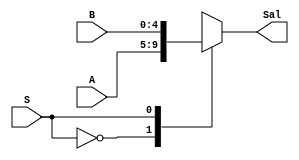
`timescale 1ns/1ns

module Mux1 (
		input [4:0]A,
		input [4:0]B,
		input S,
		output reg[4:0]Sal
);



always @*
begin
	case (S)
		1'b0:
		begin
			Sal = A;
		end
		1'b1:
		begin
			Sal = B;
		end
	endcase
end

endmodule